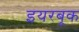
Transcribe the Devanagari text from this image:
इयरबूक